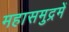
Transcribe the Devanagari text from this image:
महासमुद्रमें